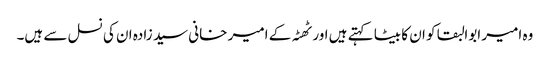
وہ امیر ابوالبقا کو ان کا بیٹا کہتے ہیں اور ٹھٹہ کے امیر خانی سید زادہ ان کی نسل سے ہیں۔